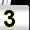
Digit: 3